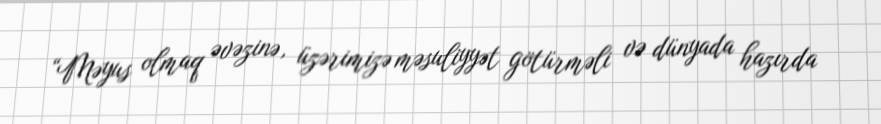
“Məyus olmaq əvəzinə, üzərimizə məsuliyyət götürməli və dünyada hazırda